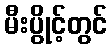
မီးပွိုင့်တွင်